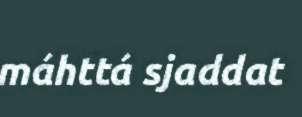
máhttá sjaddat